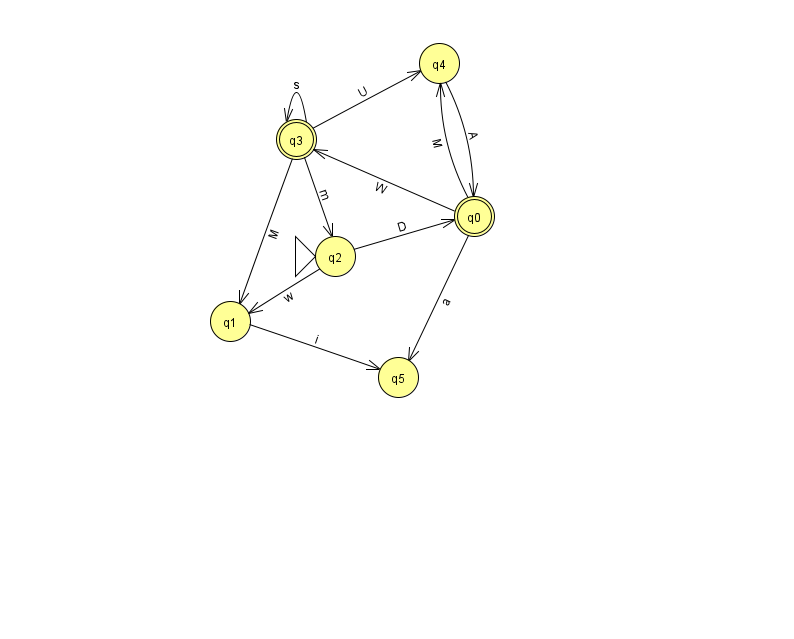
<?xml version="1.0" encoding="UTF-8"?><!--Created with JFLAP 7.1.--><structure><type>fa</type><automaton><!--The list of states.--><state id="0" name="q0"><x>474.0</x><y>203.0</y><final/></state><state id="1" name="q1"><x>230.0</x><y>308.0</y></state><state id="2" name="q2"><x>335.0</x><y>243.0</y><initial/></state><state id="3" name="q3"><x>296.0</x><y>126.0</y><final/></state><state id="4" name="q4"><x>439.0</x><y>50.0</y></state><state id="5" name="q5"><x>398.0</x><y>364.0</y></state><!--The list of transitions.--><transition><from>0</from><to>4</to><read>M</read></transition><transition><from>3</from><to>3</to><read>s</read></transition><transition><from>3</from><to>4</to><read>U</read></transition><transition><from>3</from><to>1</to><read>M</read></transition><transition><from>1</from><to>5</to><read>i</read></transition><transition><from>0</from><to>5</to><read>a</read></transition><transition><from>2</from><to>1</to><read>w</read></transition><transition><from>0</from><to>3</to><read>W</read></transition><transition><from>2</from><to>0</to><read>D</read></transition><transition><from>3</from><to>2</to><read>m</read></transition><transition><from>4</from><to>0</to><read>A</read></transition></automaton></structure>